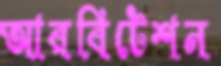
আরবিটেশন